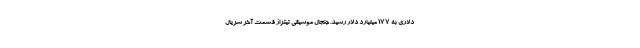
دلاری به 177 میلیارد دلار رسید. جنجال موسیقی تیتراژ قسمت آخر سریال